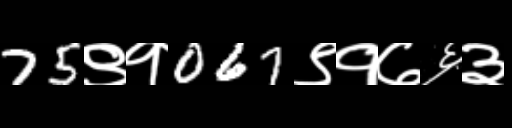
Text: 75९१067९१७६३